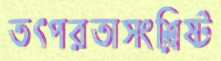
তৎপরতাসংশ্লিষ্ট